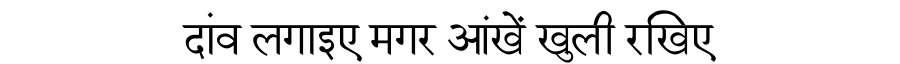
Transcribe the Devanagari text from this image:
दांव लगाइए मगर आंखें खुली रखिए